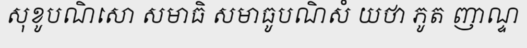
សុខូបណិសោ សមាធិ សមាធូបណិសំ យថា ភូត ញាណ្ទ